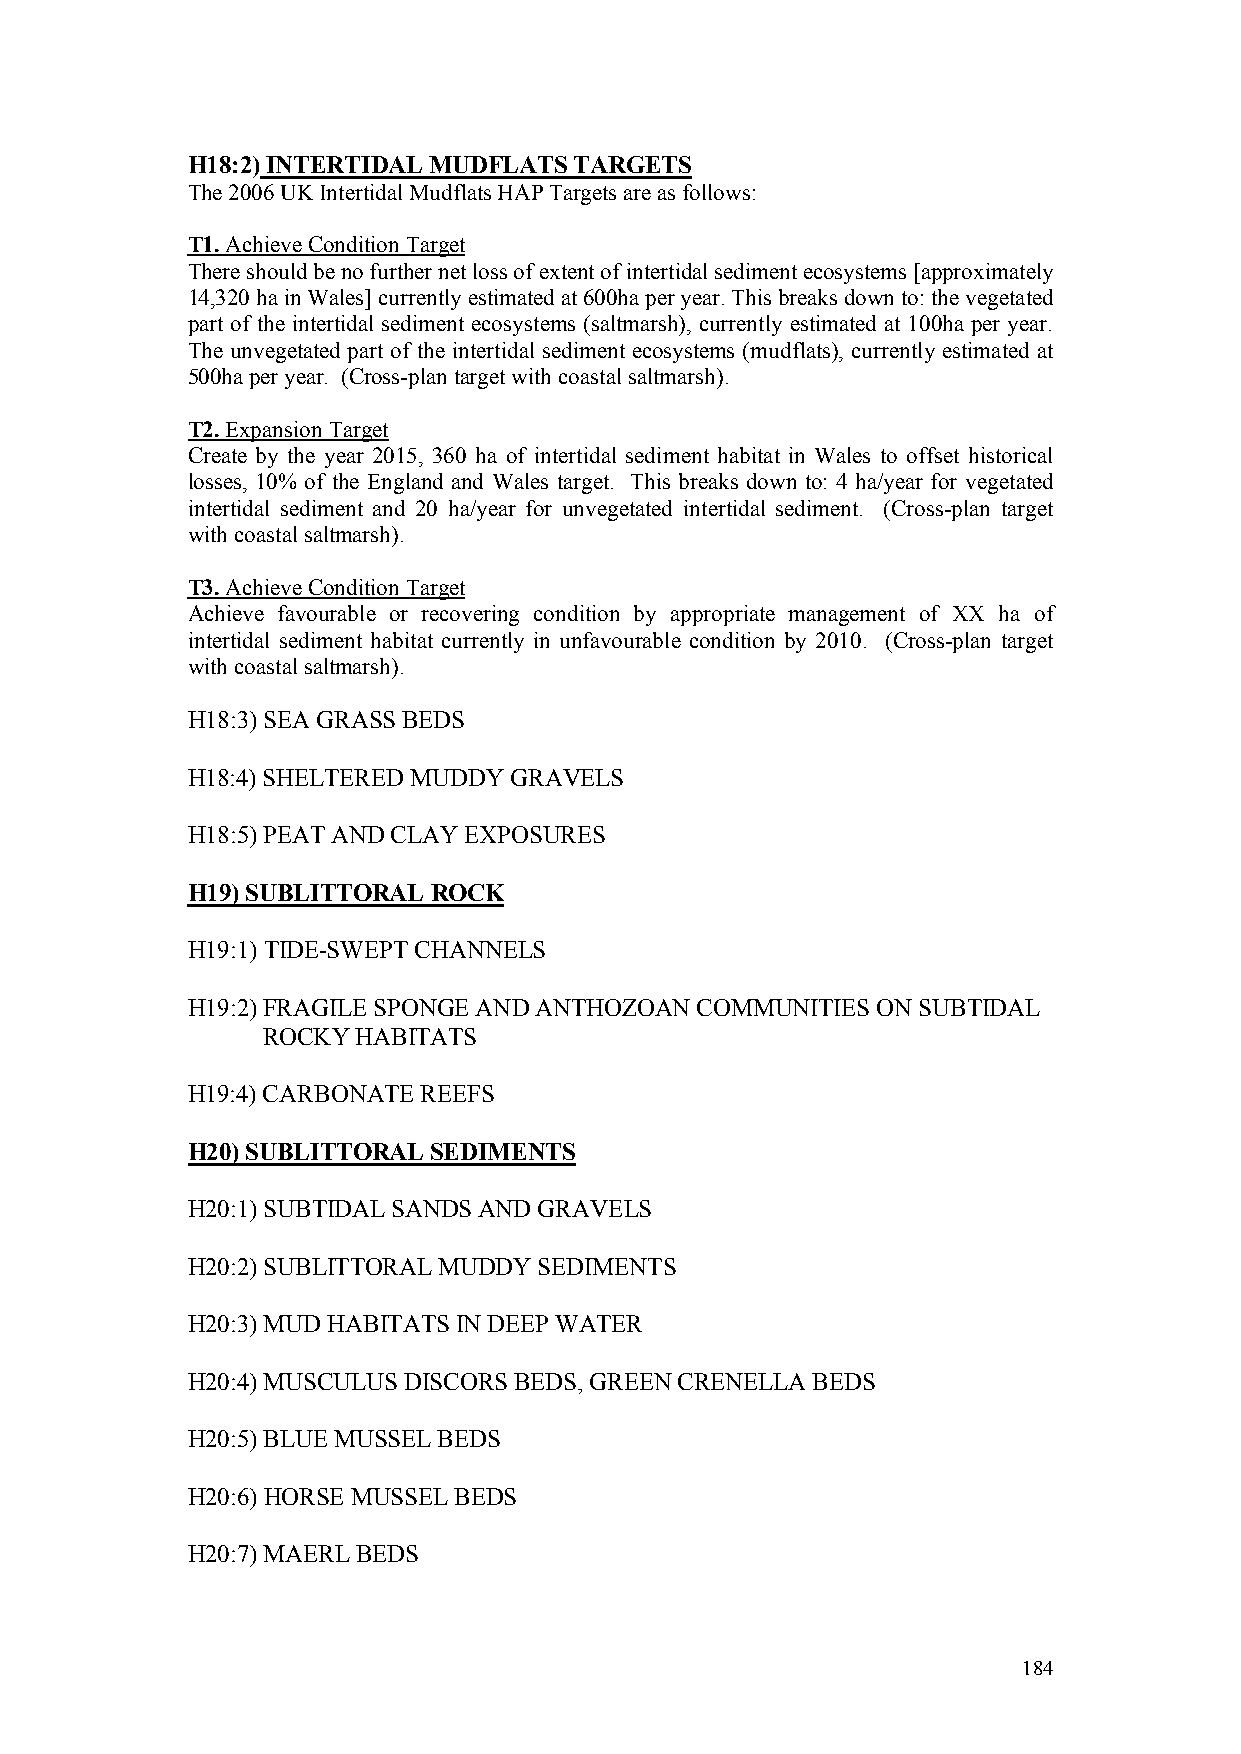
H18:2) INTERTIDAL MUDFLATS TARGETS
 The 2006 UK Intertidal Mudflats HAP Targets are as follows:
 T1. Achieve Condition Target
 There should be no further net loss of extent of intertidal sediment ecosystems [approximately
 14,320 ha in Wales] currently estimated at 600ha per year. This breaks down to: the vegetated
 part of the intertidal sediment ecosystems (saltmarsh), currently estimated at 100ha per year.
 The unvegetated part of the intertidal sediment ecosystems (mudflats), currently estimated at
 500ha per year. (Cross-plan target with coastal saltmarsh).
 T2. Expansion Target
 Create by the year 2015, 360 ha of intertidal sediment habitat in Wales to offset historical
 losses, 10% of the England and Wales target. This breaks down to: 4 ha/year for vegetated
 intertidal sediment and 20 ha/year for unvegetated intertidal sediment. (Cross-plan target
 with coastal saltmarsh).
 T3. Achieve Condition Target
 Achieve favourable or recovering condition by appropriate management of XX ha of
 intertidal sediment habitat currently in unfavourable condition by 2010. (Cross-plan target
 with coastal saltmarsh).
 H18:3) SEA GRASS BEDS
 H18:4) SHELTERED MUDDY GRAVELS
 H18:5) PEAT AND CLAY EXPOSURES
 H19) SUBLITTORAL ROCK
 H19:1) TIDE-SWEPT CHANNELS
 H19:2) FRAGILE SPONGE AND ANTHOZOAN COMMUNITIES ON SUBTIDAL
 ROCKY  HABITATS
 H19:4) CARBONATE REEFS
 H20) SUBLITTORAL SEDIMENTS
 H20:1) SUBTIDAL SANDS AND GRAVELS
 H20:2) SUBLITTORAL MUDDY SEDIMENTS
 H20:3) MUD HABITATS IN DEEP WATER
 H20:4) MUSCULUS DISCORS BEDS, GREEN CRENELLA BEDS
 H20:5) BLUE MUSSEL BEDS
 H20:6) HORSE MUSSEL BEDS
 H20:7) MAERL BEDS
 184